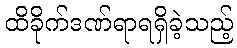
ထိခိုက်ဒဏ်ရာရရှိခဲ့သည့်